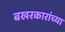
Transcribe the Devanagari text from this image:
बखरकारांच्या